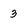
Character: 3